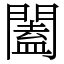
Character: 闔